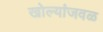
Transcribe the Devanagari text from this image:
खोल्यांजवळ